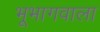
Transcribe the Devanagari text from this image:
भूभागवाला